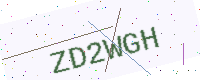
Text: ZD2WGH